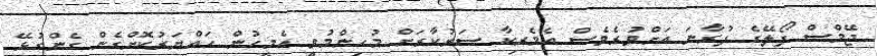
ޖޭމްސް ފޯލޭގެ ފުރާނަ އަށްވުރެވެސް އެމެރިކާ ސަރުކާރަށް މުހިންމުވީ އެމީހުން ހައްޔަރުކޮށްގެން ގެންގުޅޭ